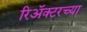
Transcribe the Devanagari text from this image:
रिॲक्टरच्या